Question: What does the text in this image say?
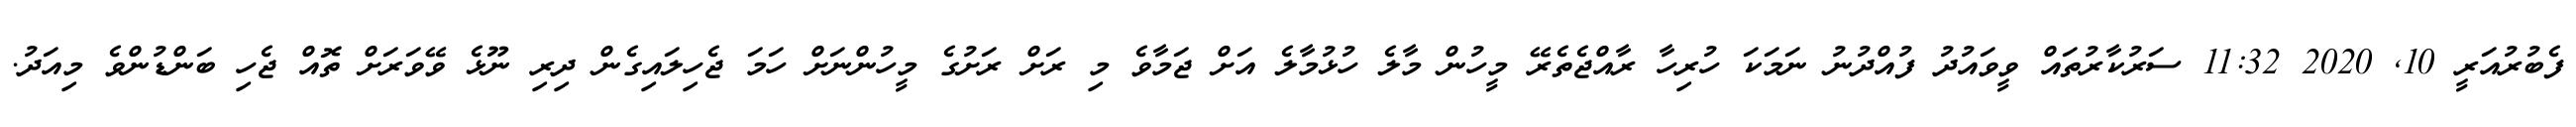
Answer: ފެބުރުއަރީ 10, 2020 11:32 ސަރުކާރުތައް ވީވައުދު ފުއްދުނު ނަމަކަ ހުރިހާ ރާއްޖެތެރޭ މީހުން މާލެ ހުޅުމާލެ އަށް ޖަމާވެ މި ރަށް ރަށުގެ މީހުންނަށް ހަމަ ޖެހިލައިގެން ދިރި ނޫޅެ ވޭވަރަށް ތޮއް ޖެހި ބަންޑުންވެ މިއަދު.